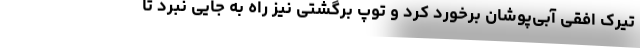
تیرک افقی آبی‌پوشان برخورد کرد و توپ برگشتی نیز راه به جایی نبرد تا